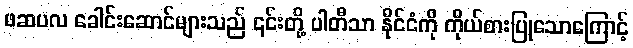
ဖဆပလ ခေါင်းဆောင်များသည် ၎င်းတို့ ပါတီသာ နိုင်ငံကို ကိုယ်စားပြုသောကြောင့်